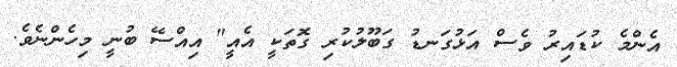
އެންމެ ކުޑައިރު ވެސް އަޅުގަނޑު ގަބޫލުކުރި ގޮތަކީ އެއީ" އިއްސޭ ބުނީ މިހެންނެވެ.